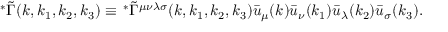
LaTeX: \, ^ { \ast } \tilde { \Gamma } ( k , k _ { 1 } , k _ { 2 } , k _ { 3 } ) \equiv \, ^ { \ast } \tilde { \Gamma } ^ { \mu \nu \lambda \sigma } ( k , k _ { 1 } , k _ { 2 } , k _ { 3 } ) \bar { u } _ { \mu } ( k ) \bar { u } _ { \nu } ( k _ { 1 } ) \bar { u } _ { \lambda } ( k _ { 2 } ) \bar { u } _ { \sigma } ( k _ { 3 } ) .